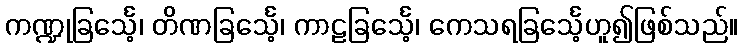
ကဏ္ဍုခြင်္သေ့၊ တိဏခြင်္သေ့၊ ကာဠခြင်္သေ့၊ ကေသရခြင်္သေ့ဟူ၍ဖြစ်သည်။